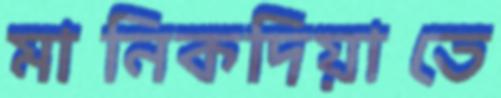
মানিকদিয়াতে